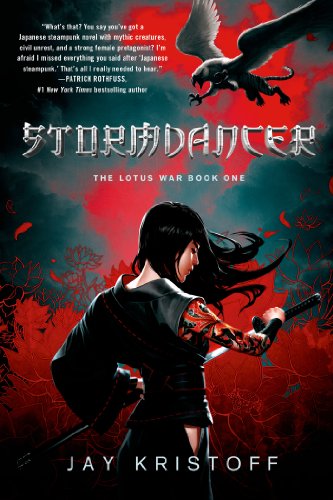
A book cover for Stormdancer: The Lotus War Book One; Jay Kristoff; Science Fiction & Fantasy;